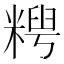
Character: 𫃈